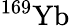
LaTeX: {}^{169}\mathrm{Yb}